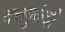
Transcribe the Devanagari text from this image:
दत्तगुरूंची